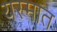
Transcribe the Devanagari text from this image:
यस्मात